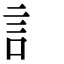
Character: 訁